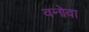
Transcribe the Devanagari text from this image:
वनोवा